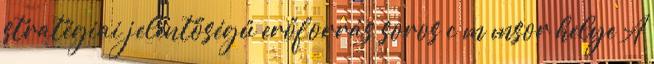
stratégiai jelentőségű erőforrás soros c m msor helye A